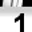
Digit: 1